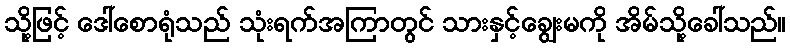
သို့ဖြင့် ဒေါ်စောရုံသည် သုံးရက်အကြာတွင် သားနှင့်ချွေးမကို အိမ်သို့ခေါ်သည်။